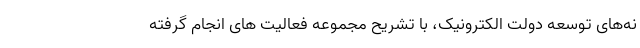
نه‌های توسعه دولت الکترونیک، با تشریح مجموعه فعالیت های انجام گرفته